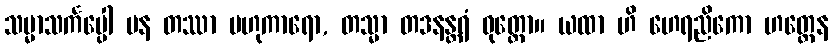
သမ္မာသင်္ကပ္ပေါ ပန တဿာ ဗဟုကာရော, တသ္မာ တဒနန္တရံ ဝုတ္တော။ ယထာ ဟိ ဟေရညိကော ဟတ္ထေန